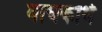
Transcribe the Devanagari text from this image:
वाचकार्थ